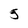
Character: 5